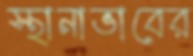
স্থানাভাবের